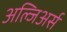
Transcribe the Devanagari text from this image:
अल्जिअर्स